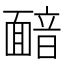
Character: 𩈴